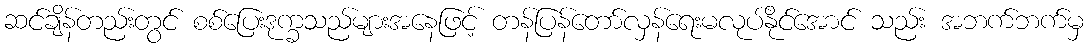
ဆင်ချိန်တည်းတွင် စစ်ပြေးဒုက္ခသည်များအနေဖြင့် တန်ပြန်တော်လှန်ရေးမလုပ်နိုင်အောင် သည်း အဘက်ဘက်မှ